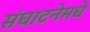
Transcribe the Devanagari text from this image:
संघाटनेमधे